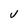
Character: V